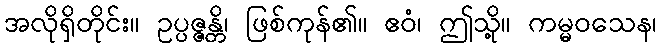
အလိုရှိတိုင်း။ ဥပ္ပဇ္ဇန္တိ၊ ဖြစ်ကုန်၏။ ဧဝံ၊ ဤသို့။ ကမ္မဝသေန၊